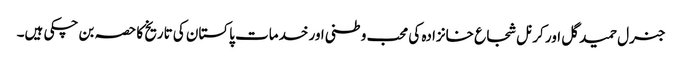
جنرل حمید گل اور کرنل شجاع خانزادہ کی محب وطنی اور خدمات پاکستان کی تاریخ کا حصہ بن چکی ہیں۔